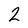
Character: 2